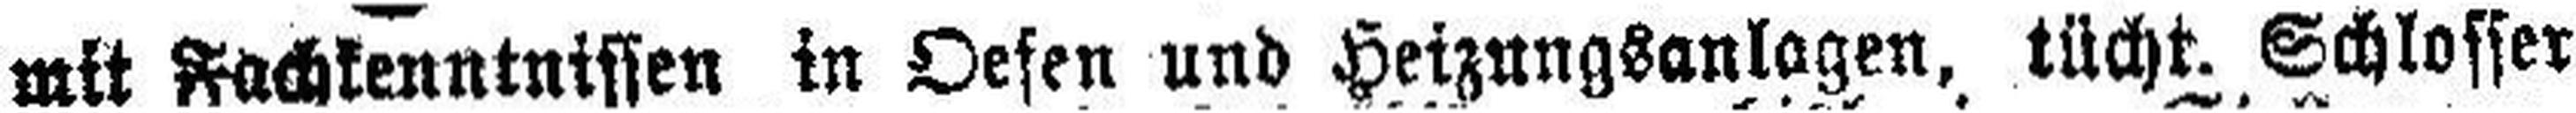
mit Fachkenntnissen in Oefen und Heizungsanlagen, tücht. Schlosser